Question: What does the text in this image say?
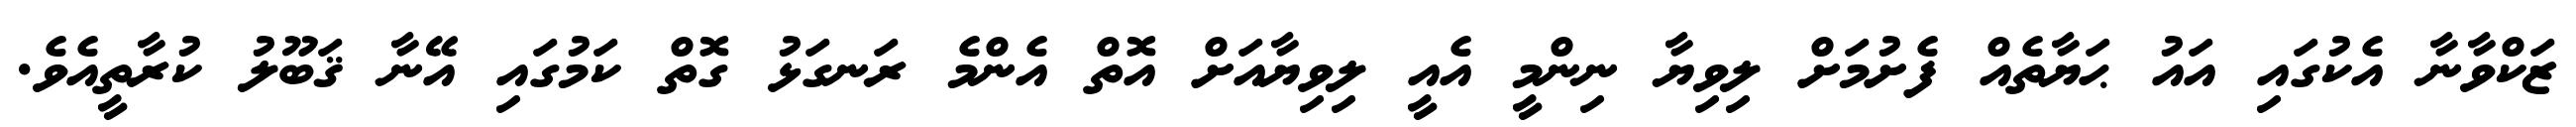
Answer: ޒަކްވާނާ އެކުގައި އައު ޙަޔާތެއް ފެށުމަށް ލިވިޔާ ނިންމީ އެއީ ލިވިޔާއަށް އޮތް އެންމެ ރަނގަޅު ގޮތް ކަމުގައި އޭނާ ޤަބޫލު ކުރާތީއެވެ.